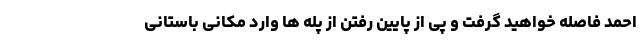
احمد فاصله خواهید گرفت و پی از پایین رفتن از پله ها وارد مکانی باستانی